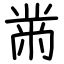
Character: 黹